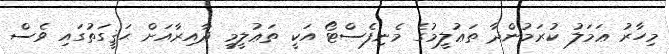
މިހާރު ޢަމަލު ކުރަމުންދާ ތަޢުލީމުގެ މެނިފެސްޓޯ އަކީ ތަޢުލީމީ ދާއިރާއަށް ޙަޤީގަތުގައި ވެސް